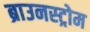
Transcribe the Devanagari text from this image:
ब्राउनस्ट्रोम